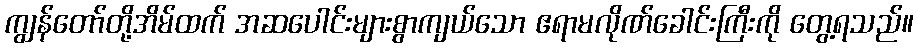
ကျွန်တော်တို့အိမ်ထက် အဆပေါင်းများစွာကျယ်သော ဧရာမလိုဏ်ခေါင်းကြီးကို တွေ့ရသည်။